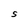
Character: S